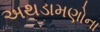
અથડામણોના